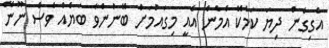
އެގިގެން ދިޔަ ކަމެކޭ އެމެން އެއީ މިގައުމަށް ބޭނުންވާ ބަޔެއް ވެސް ނޫނޭ